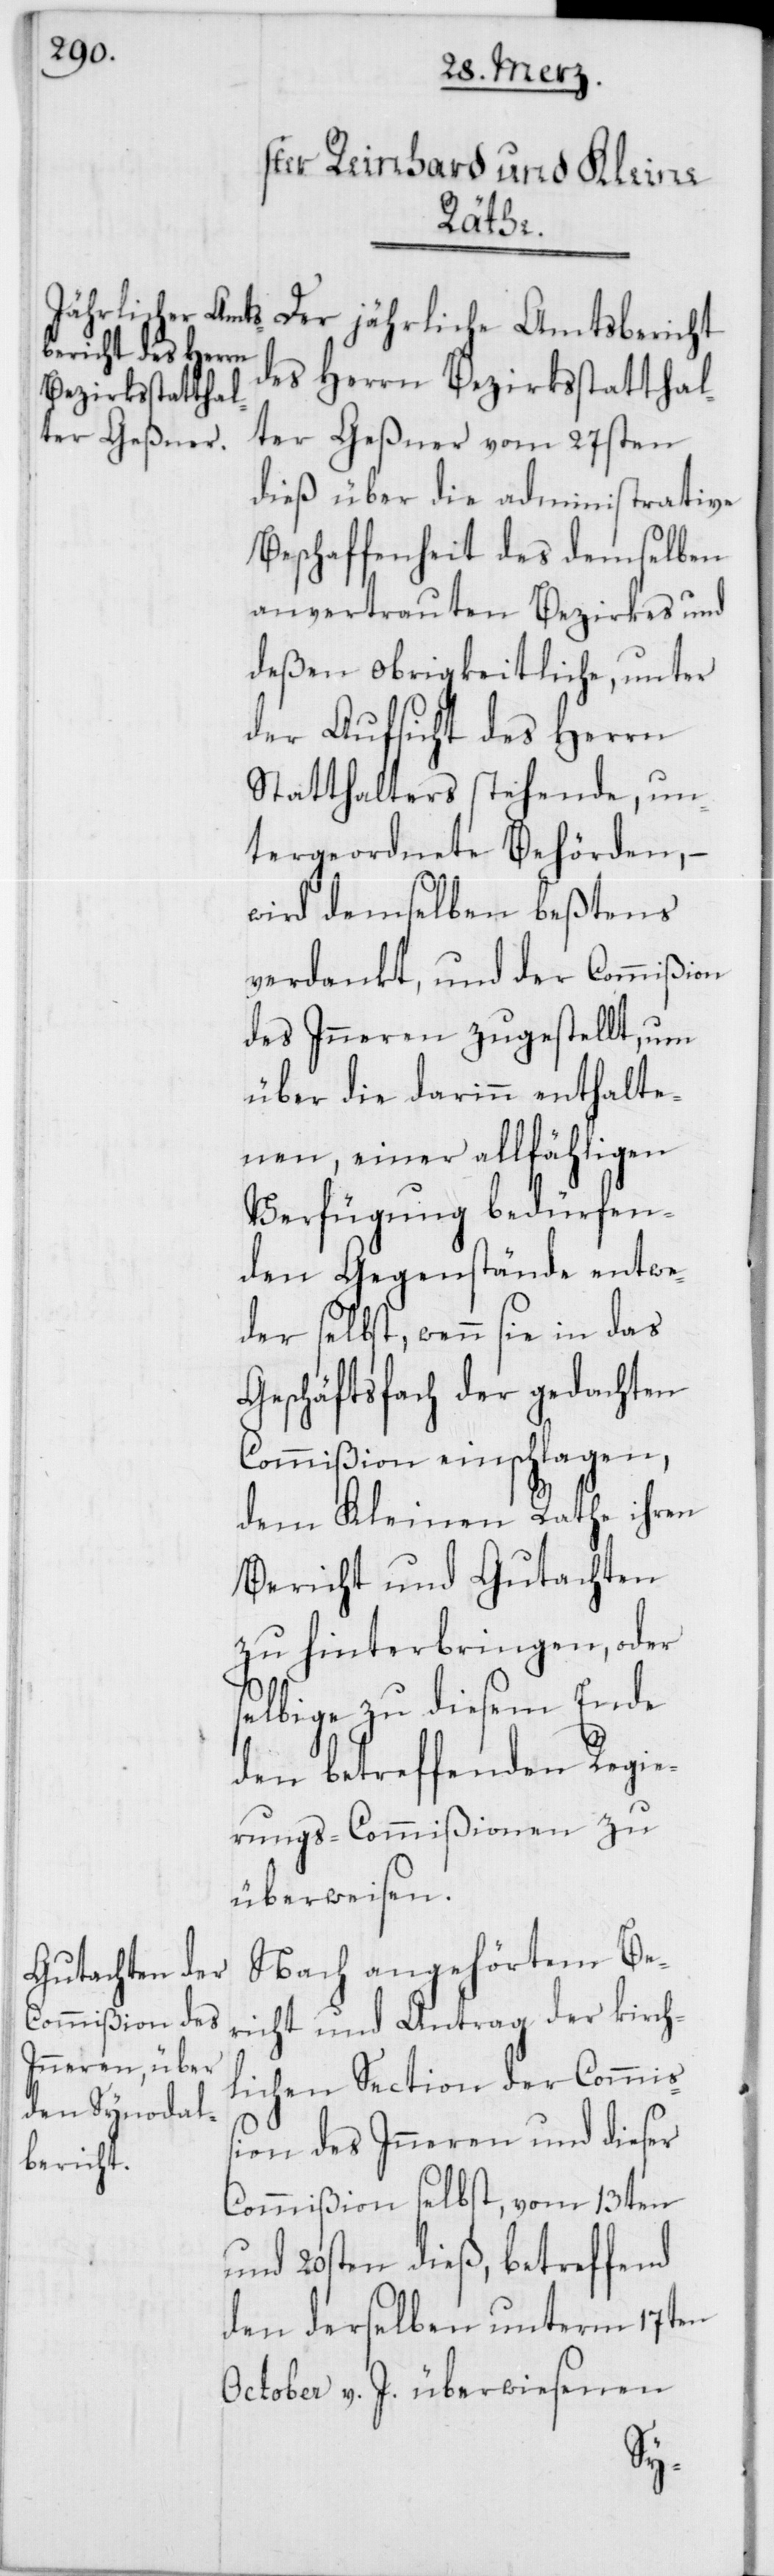
Der jährliche Amtsbericht
des Herrn Bezirksstatthal¬
ter Geßner vom 27sten
dieß über die administrative
Beschaffenheit des demselben
anvertrauten Bezirkes und
deßen obrigkeitliche, unter
der Aufsicht des Herrn
Statthalters stehende, un¬
tergeordnete Behörden, –
wird demselben beßtens
verdankt, und der Commißion
des Inneren zugestellt, um
über die darinn enthalte¬
nen, einer allfähligen
Verfügung bedürfen¬
den Gegenstände entwe¬
der selbst, wenn sie in das
Geschäftsfach der gedachten
Commißion einschlagen,
dem Kleinen Rathe ihren
Bericht und Gutachten
zu hinterbringen, oder
selbige zu diesem Ende
den betreffenden Regie¬
rungs-Commißionen zu
überweisen.
richt und Antrag der kirch¬
lichen Section der Commi¬
ßion des Inneren und dieser
Commißion selbst, vom 13ten
und 20sten dieß, betreffend
den derselben unterm 17ten
October v. J. überwiesenen
Be¬